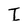
Character: I